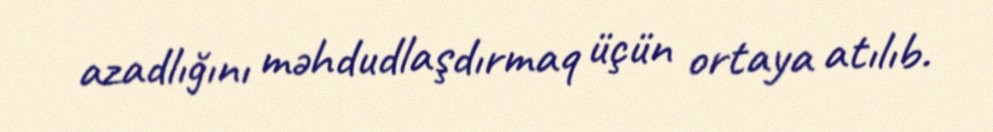
azadlığını məhdudlaşdırmaq üçün ortaya atılıb.